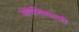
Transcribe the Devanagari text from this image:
संपत्तिशाली